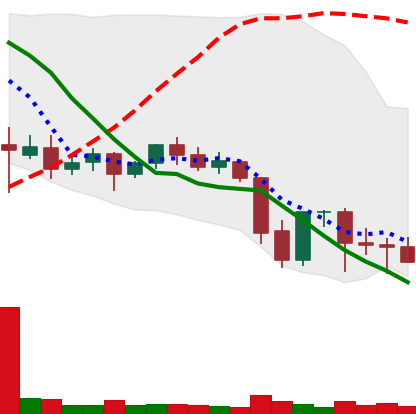
Ticker: ETC-USD
Chart end date: 2021-09-27
Forward return: 17.427%
Label: up_7plus